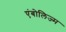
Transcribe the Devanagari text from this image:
एंबोलिज्म